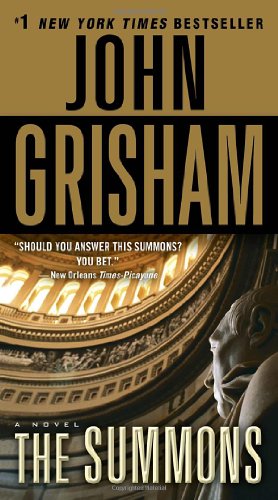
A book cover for The Summons: A Novel; John Grisham; Mystery, Thriller & Suspense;